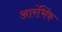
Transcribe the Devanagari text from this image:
आरंभिंक